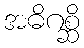
အဓိဂစ္ဆိ